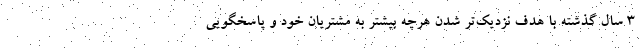
3 سال گذشته با هدف نزدیک­تر شدن هرچه بیشتر به مشتریان خود و پاسخگویی